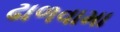
ઢાળવામા